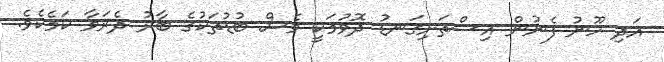
އަދި ހޫނު ފެނުން އިސްތަށިގަނޑު ދޮވުމަކީ ވެސް ބުޑުތަކުގެ ބާރު ދެރަވާ ކަމެކެވެ.